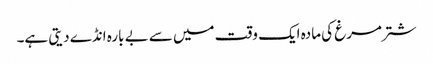
شتر مرغ کی مادہ ایک وقت میں سے بے بارہ انڈے دیتی ہے۔